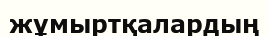
жұмыртқалардың